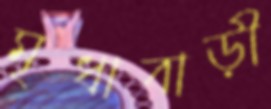
মৃধাবাড়ী